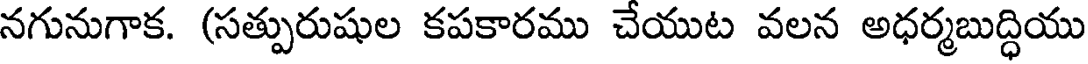
నగునుగాక. (సత్పురుషుల కపకారము చేయుట వలన అధర్మబుద్ధియు